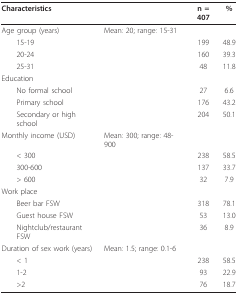
<table><thead><tr><td><b>Characteristics</b></td><td></td><td><b>n = 407</b></td><td><b>%</b></td></tr></thead><tbody><tr><td>Age group (years)</td><td>Mean: 20; range: 15-31</td><td></td><td></td></tr><tr><td> 15-19</td><td></td><td>199</td><td>48.9</td></tr><tr><td> 20-24</td><td></td><td>160</td><td>39.3</td></tr><tr><td> 25-31</td><td></td><td>48</td><td>11.8</td></tr><tr><td>Education</td><td></td><td></td><td></td></tr><tr><td> No formal school</td><td></td><td>27</td><td>6.6</td></tr><tr><td> Primary school</td><td></td><td>176</td><td>43.2</td></tr><tr><td> Secondary or high school</td><td></td><td>204</td><td>50.1</td></tr><tr><td>Monthly income (USD)</td><td>Mean: 300; range: 48-900</td><td></td><td></td></tr><tr><td> &lt; 300</td><td></td><td>238</td><td>58.5</td></tr><tr><td> 300-600</td><td></td><td>137</td><td>33.7</td></tr><tr><td> &gt; 600</td><td></td><td>32</td><td>7.9</td></tr><tr><td>Work place</td><td></td><td></td><td></td></tr><tr><td> Beer bar FSW</td><td></td><td>318</td><td>78.1</td></tr><tr><td> Guest house FSW</td><td></td><td>53</td><td>13.0</td></tr><tr><td> Nightclub/restaurant FSW</td><td></td><td>36</td><td>8.9</td></tr><tr><td>Duration of sex work (years)</td><td>Mean: 1.5; range: 0.1-6</td><td></td><td></td></tr><tr><td> &lt; 1</td><td></td><td>238</td><td>58.5</td></tr><tr><td> 1-2</td><td></td><td>93</td><td>22.9</td></tr><tr><td> &gt;2</td><td></td><td>76</td><td>18.7</td></tr></tbody></table>